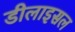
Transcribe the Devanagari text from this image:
डीलाइसल